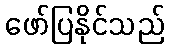
ဖော်ပြနိုင်သည်